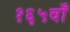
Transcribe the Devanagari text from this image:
१६५वाँ